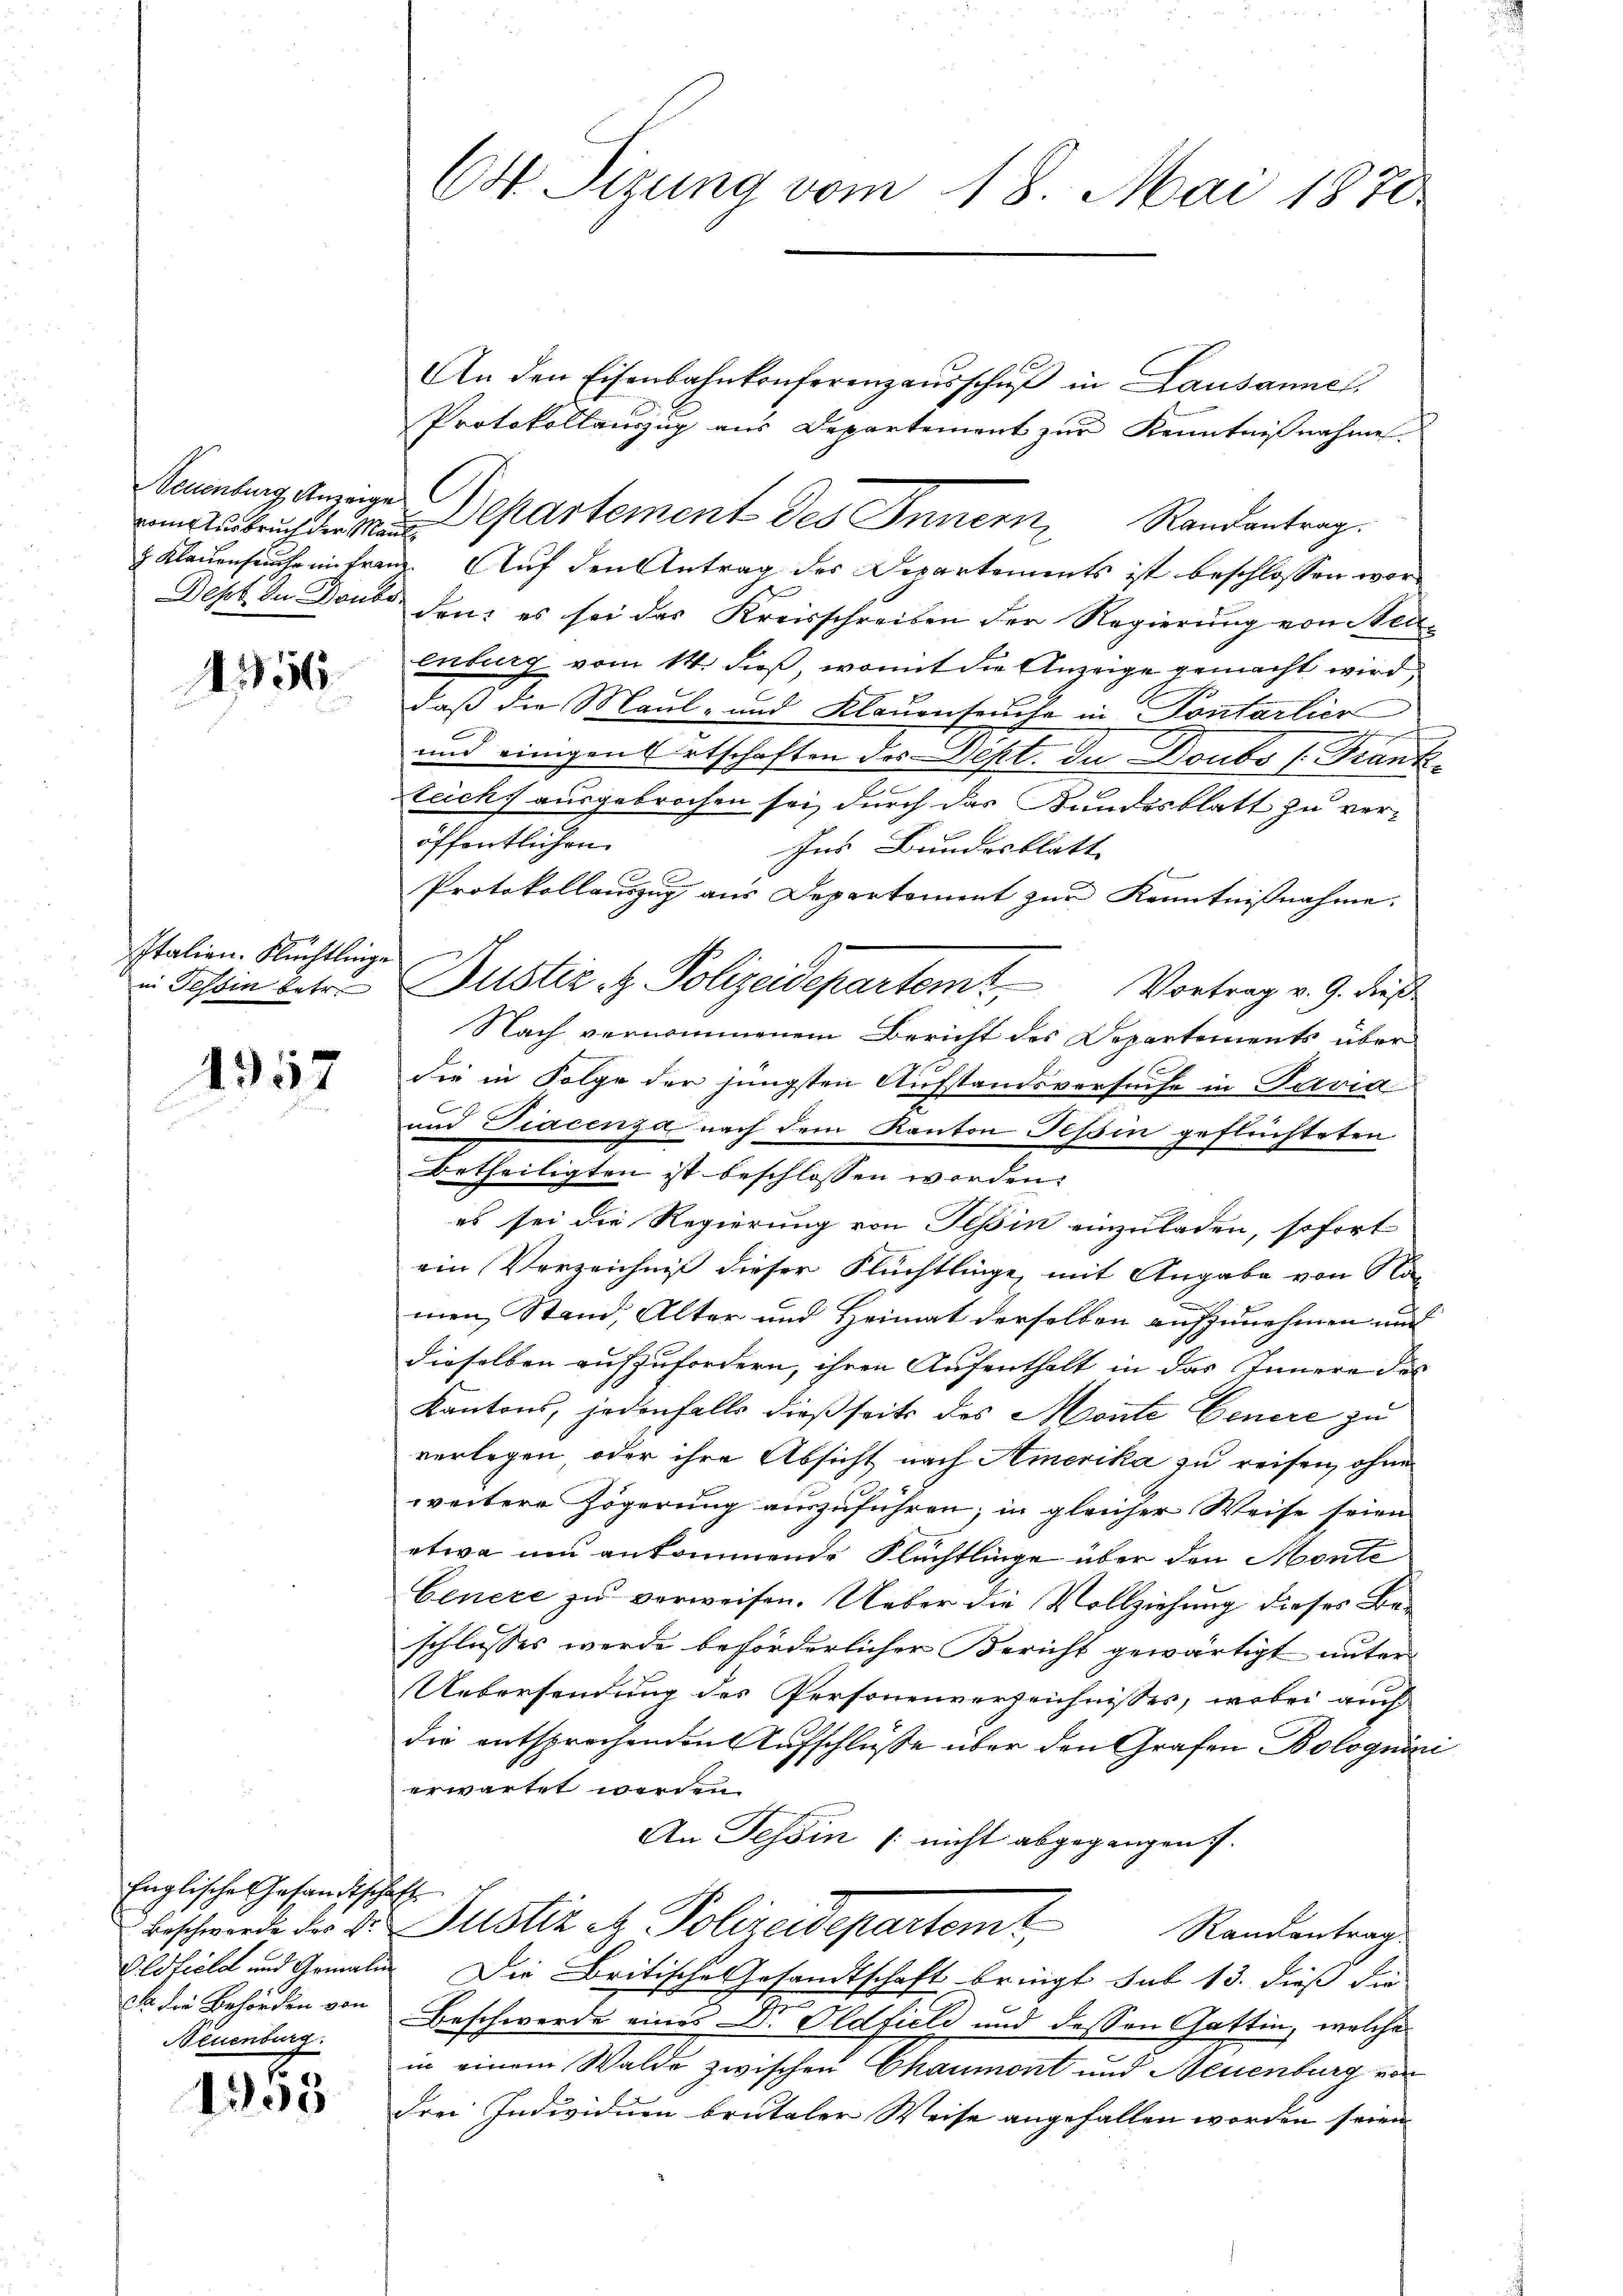
nome Zurbruch der Maul

1856

Italien. Flüchtlinge
in Tessin betr.

4957

Englische Gesandtschafte
da die Behörden von
Neuenburg.

1305

( Sizung vom 18. Mai 1870

An den Eisenbahnkonferenzaŭsschŭβ in Lausanne
Protokollauszug aus Departement zur Kenntnißnahme.
Benburg Anzeiger Departement des Innern Randantrag.
& Klauenseuche in franz. Auf den Antrag des Departements ist beschlossen wor¬
Dept in Donto den es sei das Kreisschreiben der Regierung von Neu-
enburg vom 14. dieß, womit die Anzeige gemacht wird,
daß die Maul- und Klauenseuche in Pontarlier
und einigen etschaften des Dept. Du Doubs /: Frank-
Zeich ausgebrochen sei, durch das Bundesblatt zu veröffentlichen
Ins Bundesblatt
Protokollauszug aus Depertoment zur Kenntnißnahme.
Nach vernommenem Bericht des Departements über
die in Folge der jüngsten Aufstandsversuche in Paria
und Diacenza, nach dem Kanton Tessin geflüchteten
betheiligten ist beschlossen worden.
es sei die Regierung von Tessin einzuladen, sofort
ein Verzeichniß dieser Flüchtlinge, mit Angabe von Na-
men Stand, Alter und Heimat derselben aufzunehmen und
dieselben aufzufordern, ihren Aufenthalt in das Innere des
Kantons, jedenfalls dießseits des Monte Genere zu
verlegen, oder ihre Absicht nach Amerika zu reisen, ohne
weitere Zögerung auszuführen; in gleicher Weise seien
etwa um ankommende Flüchtlinge über den Monte
Genere zu verweisen. Ueber die Vollziehung dieses Beschlusses werde beförderlicher Bericht gewärtigt unter
Uebersendung des Personenverzeichnisses, wobei auch
die entsprochenden Aufschlüsse über den Grafen Bolognöni
erwartet werden.
An Tessin nicht abgegangen.
Beschwerde der d. Justiz & Polizeidepartemt Randentrags
Alstiele und Gomalen Die Britische Gesandtschaft bringt sub 13. dieß die
Beschwerde eines Dr. Oldfield und dessen Gattin, welche
in einem Walde zwischen Chaumont und Neuenburg von
drei Individuen brutaler Weise angefallen worden seien.

Justiz u. Polizeidepartemt Vortrag v. J. dieß